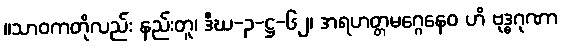
။သာဝကတိုလည်း နည်းတူ၊ ဒီဃ-၃-ဋ္ဌ-၆၂၊ အရဟတ္တမဂ္ဂေနေဝ ဟိ ဗုဒ္ဓဂုဏာ